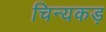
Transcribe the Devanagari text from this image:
चिन्यकड़